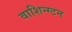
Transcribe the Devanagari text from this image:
वाशिन्ग्टन